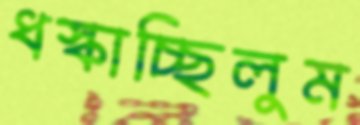
ধস্‌কাচ্ছিলুম